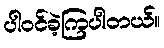
ပါဝင်ခဲ့ကြပါတယ်။